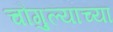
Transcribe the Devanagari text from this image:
चौगुल्याच्या